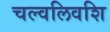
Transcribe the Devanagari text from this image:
चल्वलिवशि